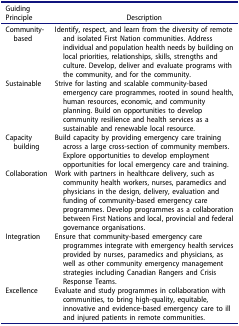
<table><thead><tr><td><b>Guiding Principle</b></td><td><b>Description</b></td></tr></thead><tbody><tr><td>Community-based</td><td>Identify, respect, and learn from the diversity of remote and isolated First Nation communities. Address individual and population health needs by building on local priorities, relationships, skills, strengths and culture. Develop, deliver and evaluate programs with the community, and for the community.</td></tr><tr><td>Sustainable</td><td>Strive for lasting and scalable community-based emergency care programmes, rooted in sound health, human resources, economic, and community planning. Build on opportunities to develop community resilience and health services as a sustainable and renewable local resource.</td></tr><tr><td>Capacity building</td><td>Build capacity by providing emergency care training across a large cross-section of community members. Explore opportunities to develop employment opportunities for local emergency care and training.</td></tr><tr><td>Collaboration</td><td>Work with partners in healthcare delivery, such as community health workers, nurses, paramedics and physicians in the design, delivery, evaluation and funding of community-based emergency care programmes. Develop programmes as a collaboration between First Nations and local, provincial and federal governance organisations.</td></tr><tr><td>Integration</td><td>Ensure that community-based emergency care programmes integrate with emergency health services provided by nurses, paramedics and physicians, as well as other community emergency management strategies including Canadian Rangers and Crisis Response Teams.</td></tr><tr><td>Excellence</td><td>Evaluate and study programmes in collaboration with communities, to bring high-quality, equitable, innovative and evidence-based emergency care to ill and injured patients in remote communities.</td></tr></tbody></table>